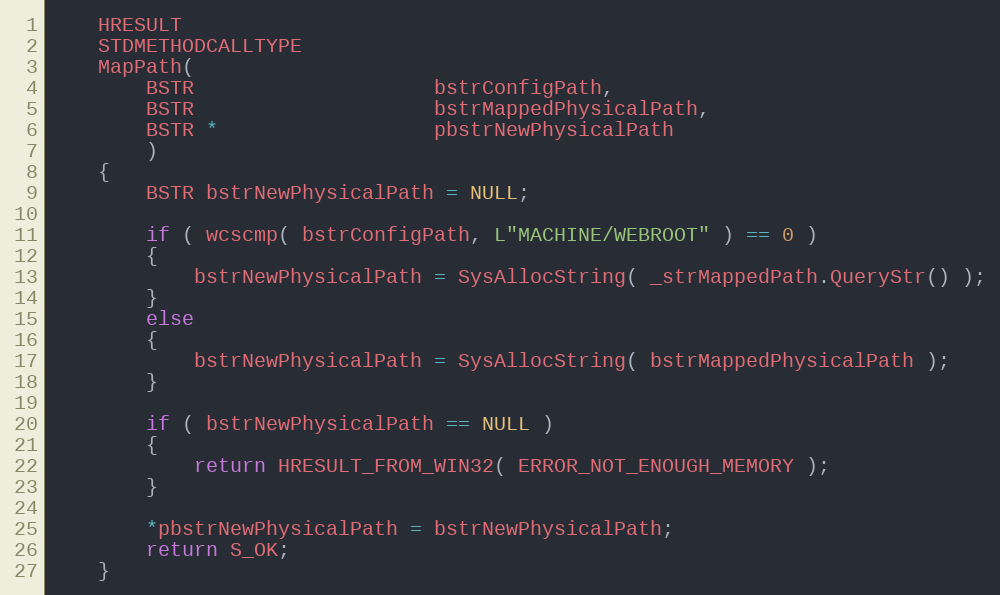
Language: C++
    HRESULT
    STDMETHODCALLTYPE
    MapPath(
        BSTR                    bstrConfigPath,
        BSTR                    bstrMappedPhysicalPath,
        BSTR *                  pbstrNewPhysicalPath
        )
    {
        BSTR bstrNewPhysicalPath = NULL;

        if ( wcscmp( bstrConfigPath, L"MACHINE/WEBROOT" ) == 0 )
        {
            bstrNewPhysicalPath = SysAllocString( _strMappedPath.QueryStr() );
        }
        else
        {
            bstrNewPhysicalPath = SysAllocString( bstrMappedPhysicalPath );
        }

        if ( bstrNewPhysicalPath == NULL )
        {
            return HRESULT_FROM_WIN32( ERROR_NOT_ENOUGH_MEMORY );
        }

        *pbstrNewPhysicalPath = bstrNewPhysicalPath;
        return S_OK;
    }